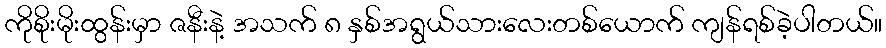
ကိုစိုးမိုးထွန်းမှာ ဇနီးနဲ့ အသက် ၈ နှစ်အရွယ်သားလေးတစ်ယောက် ကျန်ရစ်ခဲ့ပါတယ်။